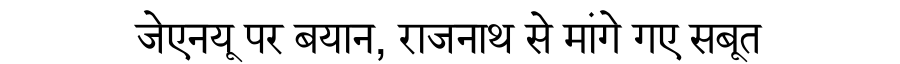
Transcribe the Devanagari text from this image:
जेएनयू पर बयान, राजनाथ से मांगे गए सबूत